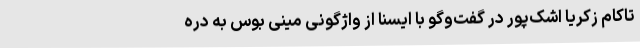
تاکام زکریا اشک‌پور در گفت‌وگو با ایسنا از واژگونی مینی بوس به دره